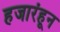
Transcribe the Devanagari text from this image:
हजारंहून